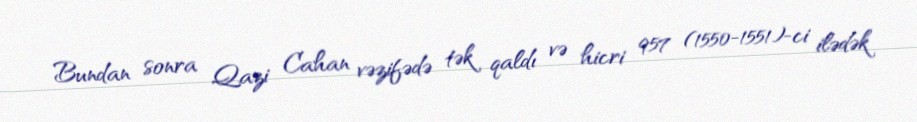
Bundan sonra Qazi Cahan vəzifədə tək qaldı və hicri 957 (1550-1551)-ci ilədək